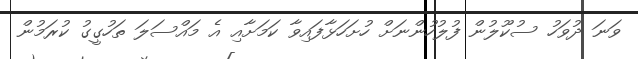
ވަނަ ދުވަހު ސުކޫލުން ފުލުހުންނަށް ހުށަހަޅާފައިވާ ކަމަށާއި އެ މައްސަލަ ތަހުގީގު ކުރަމުން